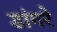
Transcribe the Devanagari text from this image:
डांगरे